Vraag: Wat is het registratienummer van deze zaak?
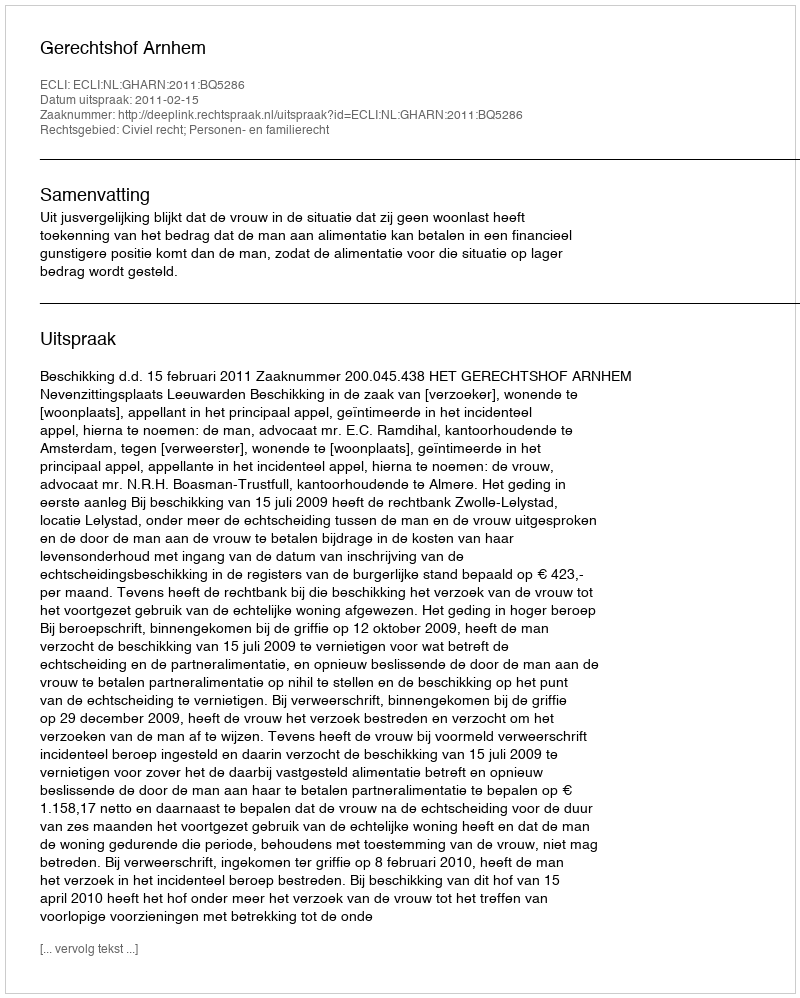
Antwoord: http://deeplink.rechtspraak.nl/uitspraak?id=ECLI:NL:GHARN:2011:BQ5286